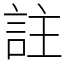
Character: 註